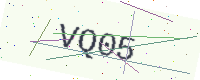
Text: VQ05